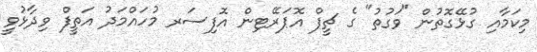
މިކަމާއި ގުޅޭގޮތުން "ވަގުތު" ގެ ޗީފް އޮޕަރޭޓިން އޮފިސަރ މުހައްމަދު އަތީފް ވިދާޅުވީ